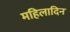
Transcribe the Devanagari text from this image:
महिलादिन